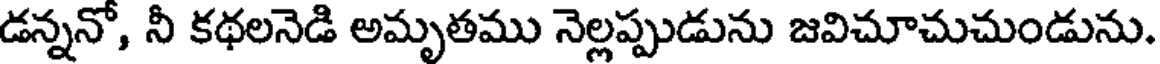
డన్ననో, నీ కథలనెడి అమృతము నెల్లప్పుడును జవిచూచుచుండును.